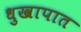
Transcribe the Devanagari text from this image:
धुखापात